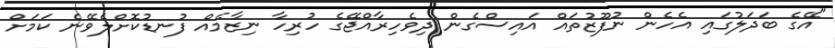
"އޭގެ ބަދަލުގައި އެހެން ނުފޫޒުތައް އައިސްގެން ދިވެހިރާއްޖޭގެ ހުރިހާ ނިޒާމެއް ފުނޑުކޮށްލެވޭނެ ކަމަށް